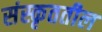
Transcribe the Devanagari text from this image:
संस्कृततील